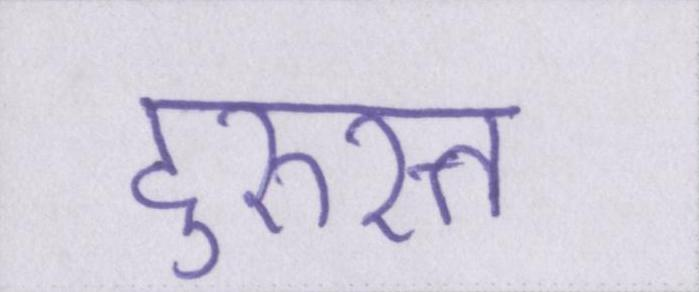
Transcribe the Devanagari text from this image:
दुरुस्त